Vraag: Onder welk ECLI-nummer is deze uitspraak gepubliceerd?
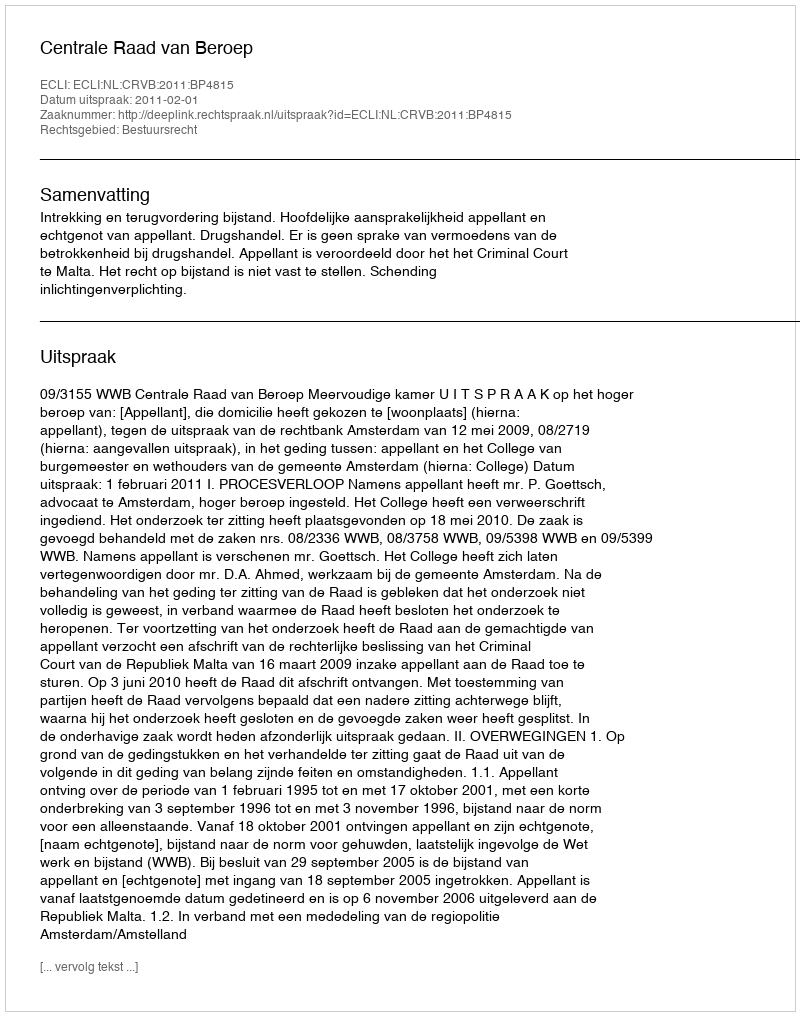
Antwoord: ECLI:NL:CRVB:2011:BP4815